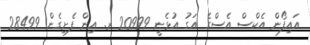
އައިފޯން އެކްސް އެސްގެ އަގު އުޅެނީ 20999 ރ. އިން ފެށިގެން 28499